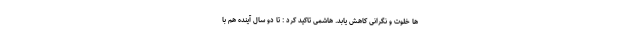
ها خلوت و نگرانی کاهش یابد. هاشمی تاکید کرد : تا دو سال آینده هم با